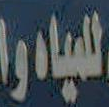
للمياه